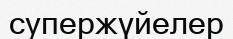
супержүйелер